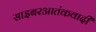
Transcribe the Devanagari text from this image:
साइबरआतंकवादी